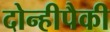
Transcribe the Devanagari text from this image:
दोन्हीपैकी